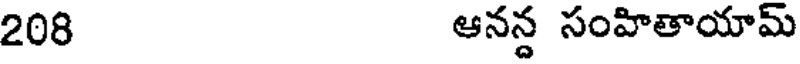
208 ఆనన్ద సంహితాయామ్